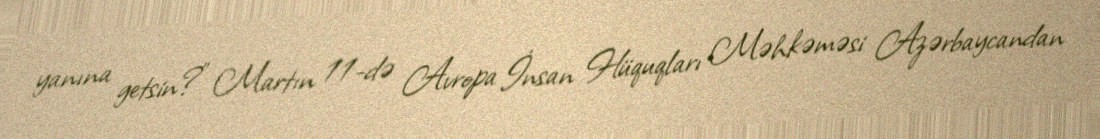
yanına getsin?” Martın 11-də Avropa İnsan Hüquqları Məhkəməsi Azərbaycandan